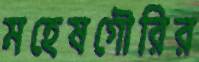
মহেষগৌরির